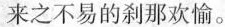
来之不易的刹那欢愉。